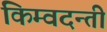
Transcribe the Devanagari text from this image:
किम्वदन्ती